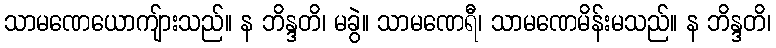
သာမဏေယောကျ်ားသည်။ န ဘိန္ဒတိ၊ မခွဲ။ သာမဏေရီ၊ သာမဏေမိန်းမသည်။ န ဘိန္ဒတိ၊